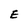
Character: E